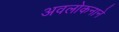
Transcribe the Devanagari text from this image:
अवलोकनाने